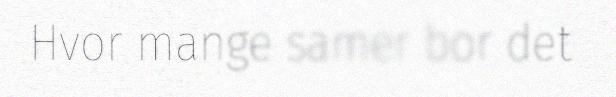
Hvor mange samer bor det